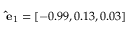
\mathbf { \hat { e } } _ { 1 } = [ - 0 . 9 9 , 0 . 1 3 , 0 . 0 3 ]